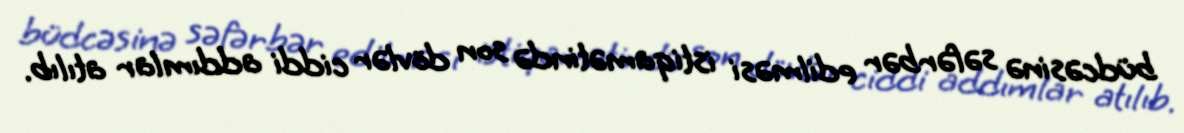
büdcəsinə səfərbər edilməsi istiqamətində son dövlər ciddi addımlar atılıb.